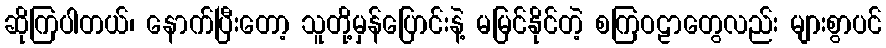
ဆိုကြပါတယ်၊ နောက်ပြီးတော့ သူတို့မှန်ပြောင်းနဲ့ မမြင်နိုင်တဲ့ စကြဝဠာတွေလည်း များစွာပင်